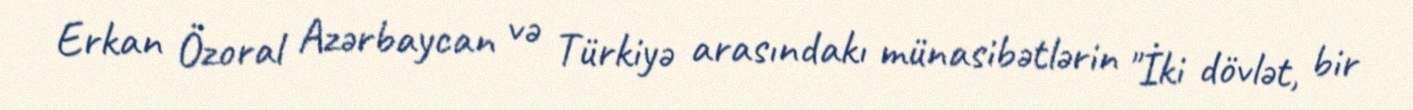
Erkan Özoral Azərbaycan və Türkiyə arasındakı münasibətlərin "İki dövlət, bir